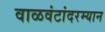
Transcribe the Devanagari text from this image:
वाळवंटांदरम्यान